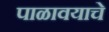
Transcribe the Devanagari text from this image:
पाळावयाचे